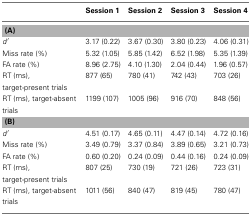
|  | Session 1 | Session 2 | Session 3 | Session 4 |
 | --- | --- | --- | --- | --- |
 | <COLSPAN=5> (A) |
 | d′ | 3.17 (0.22) | 3.67 (0.30) | 3.80 (0.23) | 4.06 (0.31) |
 | Miss rate (%) | 5.32 (1.05) | 5.85 (1.42) | 6.52 (1.98) | 5.35 (1.39) |
 | FA rate (%) | 8.96 (2.75) | 4.10 (1.30) | 2.04 (0.44) | 1.96 (0.57) |
 | RT (ms), target-present trials | 877 (65) | 780 (41) | 742 (43) | 703 (26) |
 | RT (ms), target-absent trials | 1199 (107) | 1005 (96) | 916 (70) | 848 (56) |
 | <COLSPAN=5> (B) |
 | d′ | 4.51 (0.17) | 4.65 (0.11) | 4.47 (0.14) | 4.72 (0.16) |
 | Miss rate (%) | 3.49 (0.79) | 3.37 (0.84) | 3.89 (0.65) | 3.21 (0.73) |
 | FA rate (%) | 0.60 (0.20) | 0.24 (0.09) | 0.44 (0.16) | 0.24 (0.09) |
 | RT (ms), target-present trials | 807 (25) | 730 (19) | 721 (26) | 723 (31) |
 | RT (ms), target-absent trials | 1011 (56) | 840 (47) | 819 (45) | 780 (47) |